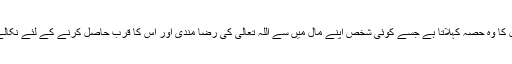
حدیث 386 صدقہ مال کا وہ حصہ کہلاتا ہے جسے کوئی شخص اپنے مال میں سے اللہ تعالیٰ کی رضا مندی اور اس کا قرب حاصل کرنے کے لئے نکالے خواہ واجب ہو یا نفل۔